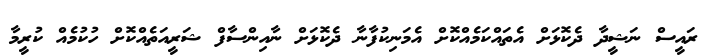
ރައީސް ނަޝީދާ ދެކޮޅަށް އެތައްކަމެއްކޮށް އެމަނިކުފާނާ ދެކޮޅަށް ނާއިންސާފް ޝަރީއަތެއްކޮށް ހުކުމެއް ކުރީމާ